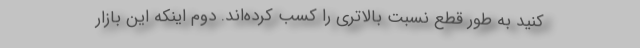
کنید به طور قطع نسبت بالاتری را کسب کرده‌اند. دوم اینکه این بازار